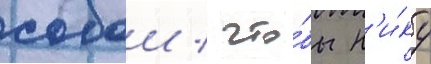
собои / что́бы н'и́ку